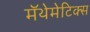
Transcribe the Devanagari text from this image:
मॅथेमेटिक्स